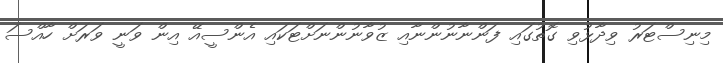
މިނިސްޓަރު ވިދާޅުވި ގޮތުގައި ފަންނާނުންނާއި ޒުވާނުންނަށްޓަކައި އެންސީއޭ އިން ވަނީ ވަރަށް ހާއްސަ